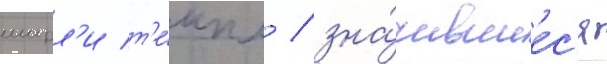
ширл'и т'е́мпл / зна́чившиес'я